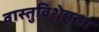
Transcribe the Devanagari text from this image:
वास्तुविशेषता